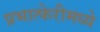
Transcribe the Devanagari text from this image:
प्रभात्फेरीमध्ये